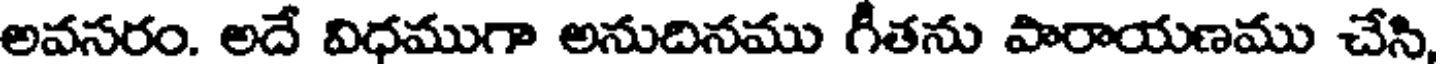
అవసరం. అదే విధముగా అనుదినము గీతను పారాయణము చేసి,